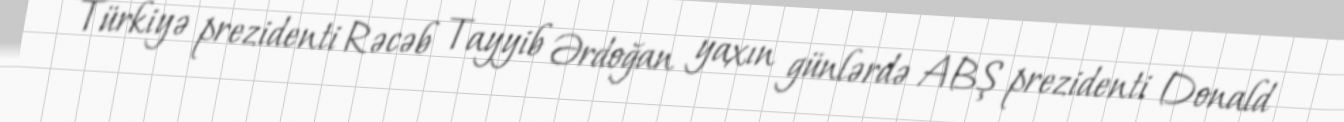
Türkiyə prezidenti Rəcəb Tayyib Ərdoğan yaxın günlərdə ABŞ prezidenti Donald